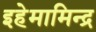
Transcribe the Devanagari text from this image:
इहेमामिन्द्र